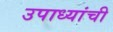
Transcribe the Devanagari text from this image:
उपाध्यांची